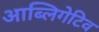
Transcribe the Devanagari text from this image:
आब्लिगेटिव